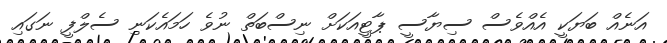
އަނެއް ބަޔަކީ އެއްވެސް ސިޔާސީ ޕާޓީއަކަށް ނިސްބަތް ނުވެ ހަމައެކަނި ސެލްފީ ނަގައި